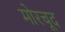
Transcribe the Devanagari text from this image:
मोरचूद